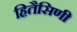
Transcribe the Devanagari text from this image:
हितैसिणी